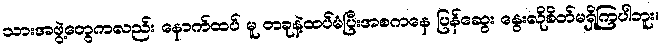
သားအဖွဲ့တွေကလည်း နောက်ထပ် မူ တခုနဲ့ထပ်မံပြီးအစကနေ ပြန်ဆွေး နွေးလိုစိတ်မရှိကြပါဘူး။